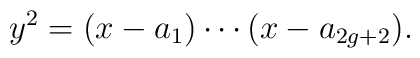
y^2=(x-a_1)\cdots(x-a_{2g+2}).